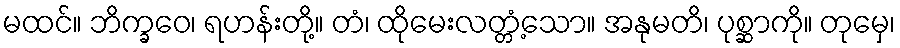
မထင်။ ဘိက္ခဝေ၊ ရဟန်းတို့။ တံ၊ ထိုမေးလတ္တံ့သော။ အနုမတိ၊ ပုစ္ဆာကို။ တုမှေ၊